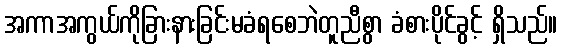
အကာအကွယ်ကိုခြားနားခြင်းမခံရစေဘဲတူညီစွာ ခံစားပိုင်ခွင့် ရှိသည်။